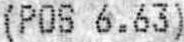
(POS 6.63)